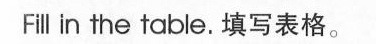
Fill in the table. 填写表格.。